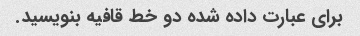
برای عبارت داده شده دو خط قافیه بنویسید.